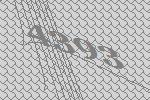
4393